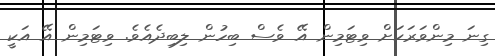
ގިނަ މިންވަރަކަށް ވިޓަމިން އޭ ވެސް ބިހުން ލިބިދެއެވެ. ވިޓަމިން އޭ އަކީ